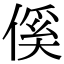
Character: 傒